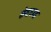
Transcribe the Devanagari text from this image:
छेदय्या